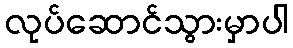
လုပ်ဆောင်သွားမှာပါ